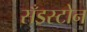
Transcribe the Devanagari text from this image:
सँडस्टोन